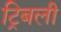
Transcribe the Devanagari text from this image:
ट्रिबली